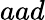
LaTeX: aad